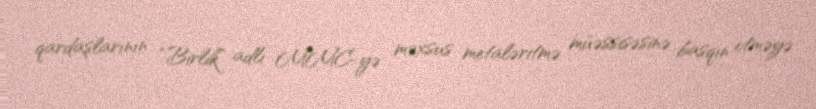
qardaşlarının “Birlik” adlı MMC-yə məxsus metaləritmə müəssisəsinə basqın etməyə